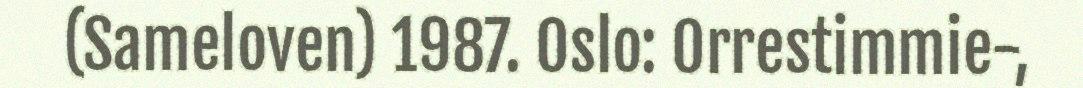
(Sameloven) 1987. Oslo: Orrestimmie-,